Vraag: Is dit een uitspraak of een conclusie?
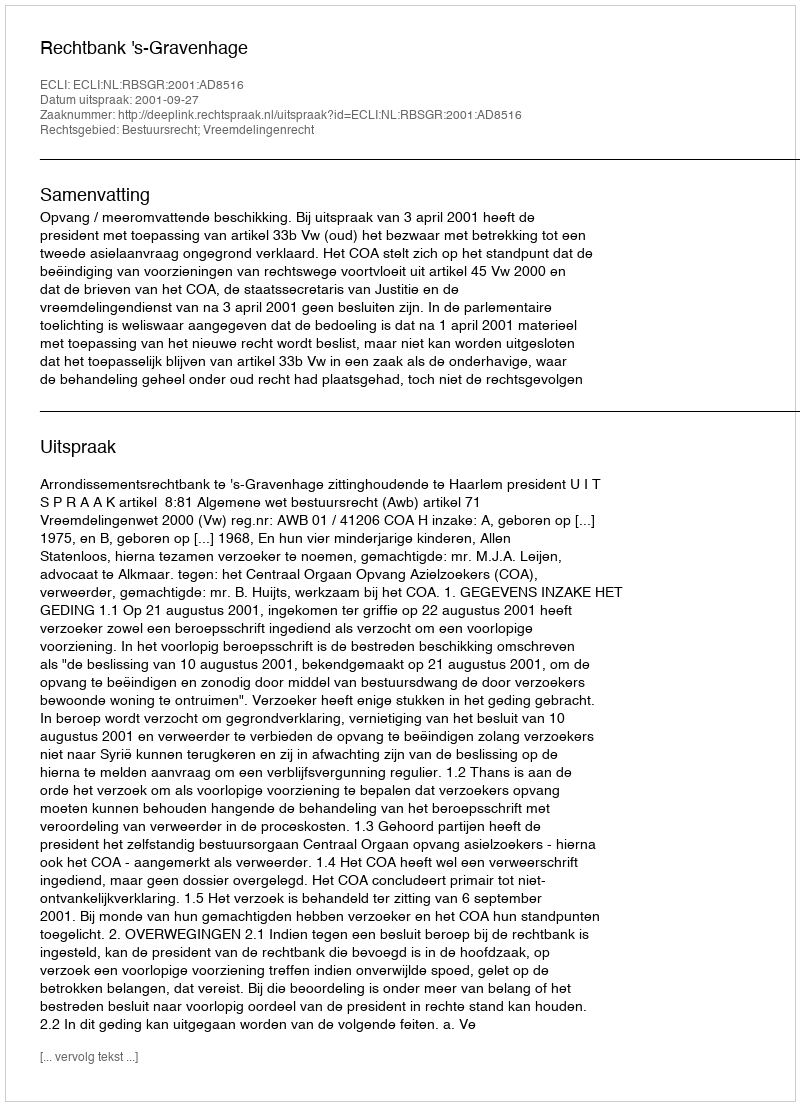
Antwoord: Uitspraak